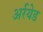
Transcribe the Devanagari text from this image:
अर्रयेड